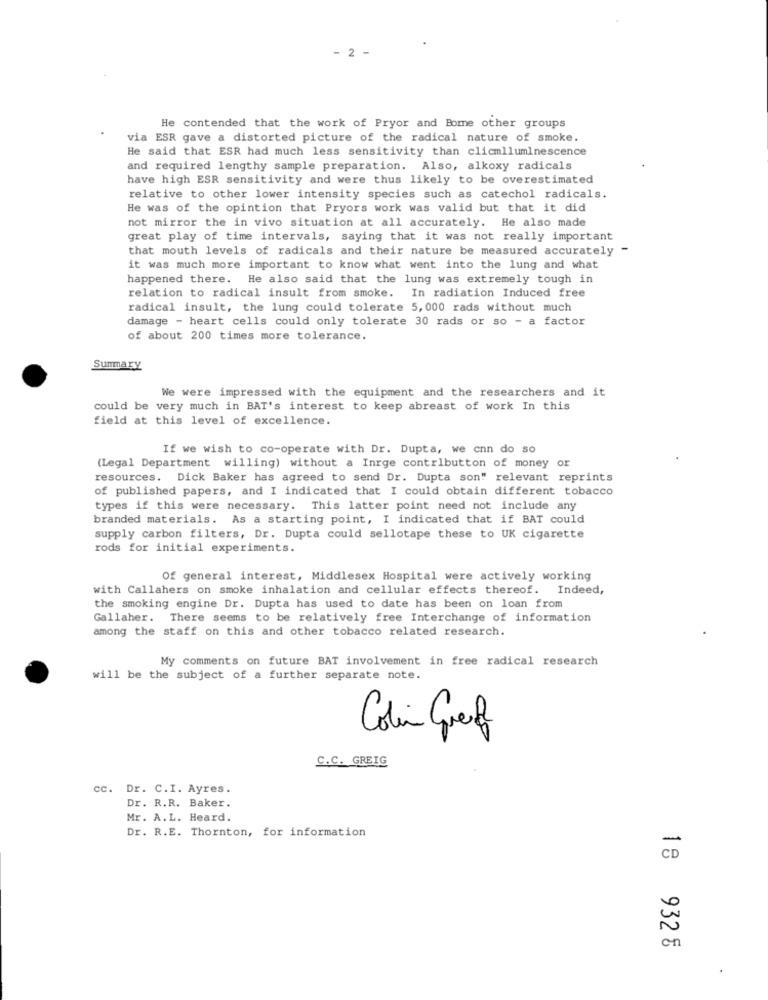
2 -
He contended that the work of Pryor and Bome other groups
via ESR gave a distorted picture of the radical nature of smoke.
He said that ESR had much less sensitivity than clicmiluminescence
and required lengthy sample preparation. Also, alkoxy radicals
have high ESR sensitivity and were thus likely to be overestimated
relative to other lower intensity species such as catechol radicals.
He was of the opintion that Pryors work was valid but that it did
not mirror the in vivo situation at all accurately. He also made
great play of time intervals, saying that it was not really important
that mouth levels of radicals and their nature be measured accurately -
it was much more important to know what went into the lung and what
happened there. He also said that the lung was extremely tough in
relation to radical insult from smoke. In radiation Induced free
radical insult, the lung could tolerate 5, 000 rads without much
damage - heart cells could only tolerate 30 rads or so - a factor
of about 200 times more tolerance.
Summary
We were impressed with the equipment and the researchers and it
could be very much in BAT's interest to keep abreast of work In this
field at this level of excellence.
If we wish to co-operate with Dr. Dupta, we cnn do so
(Legal Department willing) without a Inrge contributton of money or
resources. Dick Baker has agreed to send Dr. Dupta son" relevant reprints
of published papers, and I indicated that I could obtain different tobacco
types if this were necessary. This latter point need not include any
branded materials. As a starting point, I indicated that if BAT could
supply carbon filters, Dr. Dupta could sellotape these to UK cigarette
rods for initial experiments.
Of general interest, Middlesex Hospital were actively working
with Callahers on smoke inhalation and cellular effects thereof. Indeed,
the smoking engine Dr. Dupta has used to date has been on loan from
Gallaher. There seems to be relatively free Interchange of information
among the staff on this and other tobacco related research.
My comments on future BAT involvement in free radical research
will be the subject of a further separate note.
Colin Great
C.C. GREIG
cc. Dr. C.I. Ayres.
Dr. R.R. Baker.
Mr. A.L. Heard.
Dr. R.E. Thornton, for information
CD
on
18 932 5
.